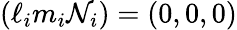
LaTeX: (\ell_{i}m_{i}\mathcal{N}_{i})=(0,0,0)